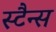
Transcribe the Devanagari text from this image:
स्टैन्स